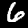
Label: 6